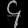
Digit: ၄